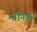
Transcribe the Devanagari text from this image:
मॉनिको